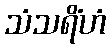
သံသရိံဟံ